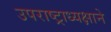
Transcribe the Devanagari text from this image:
उपराष्ट्राध्यक्षाने